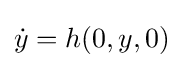
{\dot {y}}=h(0,y,0)